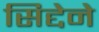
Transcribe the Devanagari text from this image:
सिद्देने